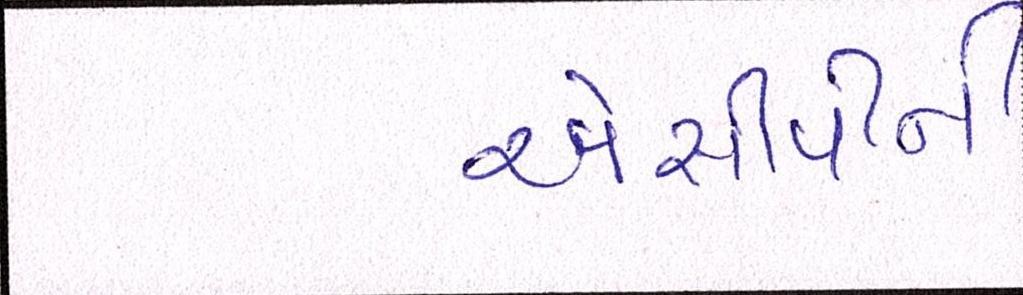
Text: એસીપીની